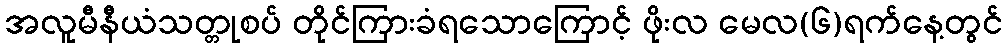
အလူမီနီယံသတ္တုစပ် တိုင်ကြားခံရသောကြောင့် ဖိုးလ မေလ(၆)ရက်နေ့တွင်